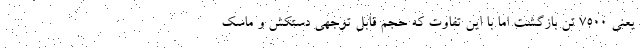
یعنی ۷۵۰۰ تن بازگشت اما با این تفاوت که حجم قابل توجهی دستکش و ماسک